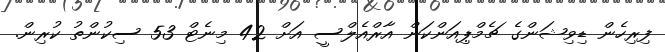
ފިރިހެން ޑިވިޝަންގެ ޗެމްޕިއަންކަން އާރްއެލްސީ އަށް 42 މިނެޓް 53 ސިކުންތު ކުރިން.